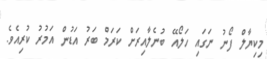
މިކިޔާލް ފޯނު ނަގައި ހަލޯއޭ ބުނެލާއިރަށް ކަރަމް ބަރު އަޑުން އަމުރު ކުރިއެވެ.